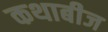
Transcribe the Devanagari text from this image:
कथाबीज